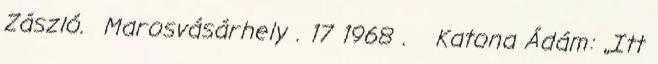
Zászló. Marosvásárhely . 17 1968 .Katona Ádám: „Itt